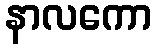
နာလကော